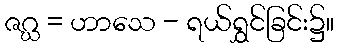
ဇဂ္ဃ = ဟာသေ - ရယ်ရွှင်ခြင်း၌။